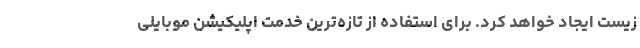
زیست ایجاد خواهد کرد. برای استفاده از تازه‌ترین خدمت اپلیکیشن موبایلی